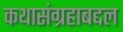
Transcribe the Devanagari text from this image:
कथासंग्रहाबद्दल